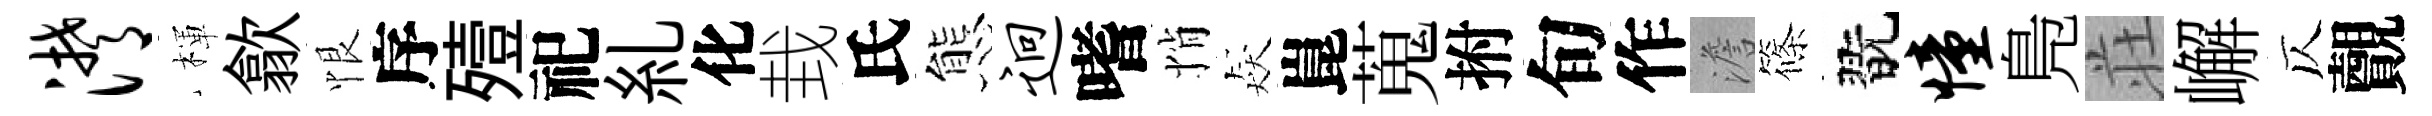
潸楎歙恨序殪祀糺化㘽氏態迥嗜悄猋崑蒐拊旬作澹篠翫憧鳬荘嶰仄覿